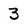
Character: 3